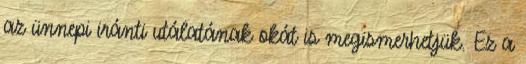
az ünnepi iránti utálatának okát is megismerhetjük. Ez a